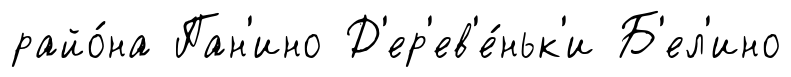
райо́на Пан'ино Д'ер'ев'е́ньк'и Б'ел'ино